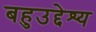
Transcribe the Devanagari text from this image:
बहुउद्देश्य